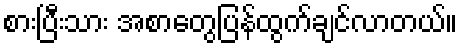
စားပြီးသား အစာတွေပြန်ထွက်ချင်လာတယ်။